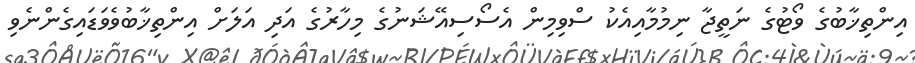
އިންތިޚާބުގެ ވޯޓުގެ ނަތީޖާ ނިމުމާއިއެކު ސްވިމިން އެސޯސިއޭޝަނުގެ މިހާރުގެ އަދި އަލަށް އިންތިޚާބުވެވަޑައިގެންނެވި